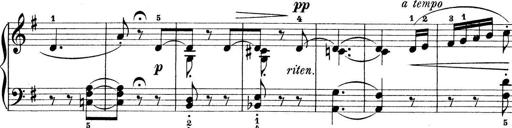
Title: Preis-Sonatine
Composer: Ernst James Bremner